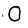
Character: O